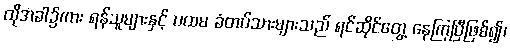
ထိုအခါ၌ကား ရန်သူများနှင့် ပထမ ခံတပ်သားများသည် ရင်ဆိုင်တွေ့ နေကြပြီဖြစ်၍၊